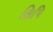
લિપિ